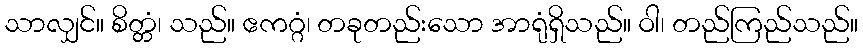
သာလျှင်။ စိတ္တံ၊ သည်။ ဧကဂ္ဂံ၊ တခုတည်းသော အာရုံရှိသည်။ ဝါ၊ တည်ကြည်သည်။